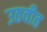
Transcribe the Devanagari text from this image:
उठवीत